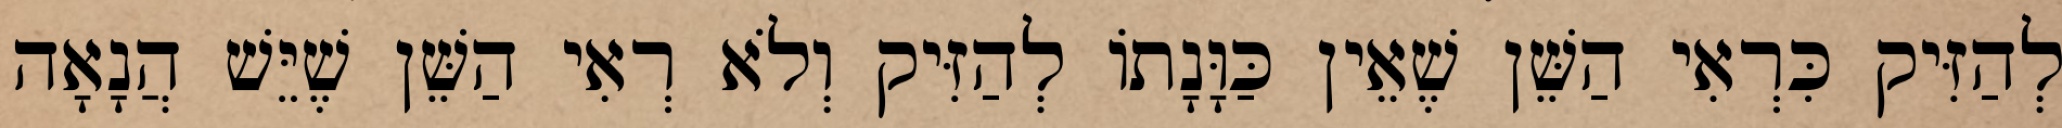
לְהַזִּיק כִּרְאִי הַשֵּׁן שֶׁאֵין כַּוָּנָתוֹ לְהַזִּיק וְלֹא רְאִי הַשֵּׁן שֶׁיֵּשׁ הֲנָאָה